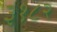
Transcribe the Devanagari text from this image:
३१८२